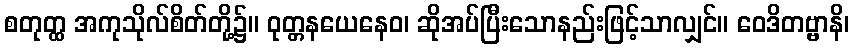
စတုတ္ထ အကုသိုလ်စိတ်တို့၌။ ဝုတ္တနယေနေဝ၊ ဆိုအပ်ပြီးသောနည်းဖြင့်သာလျှင်။ ဝေဒိတဗ္ဗာနိ၊